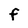
Character: F